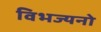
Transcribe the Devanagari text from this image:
विभज्यनो